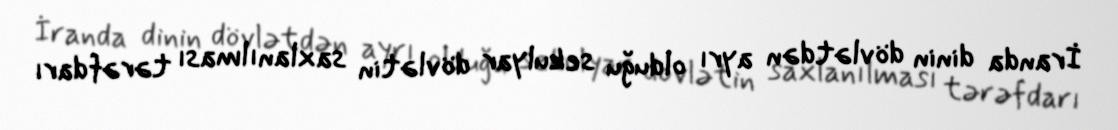
İranda dinin dövlətdən ayrı olduğu sekulyar dövlətin saxlanılması tərəfdarı